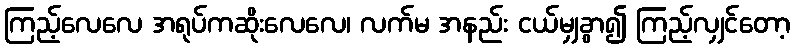
ကြည့်လေလေ အရုပ်ကဆိုးလေလေ၊ လက်မ အနည်း ငယ်မျှခွာ၍ ကြည့်လျှင်တော့